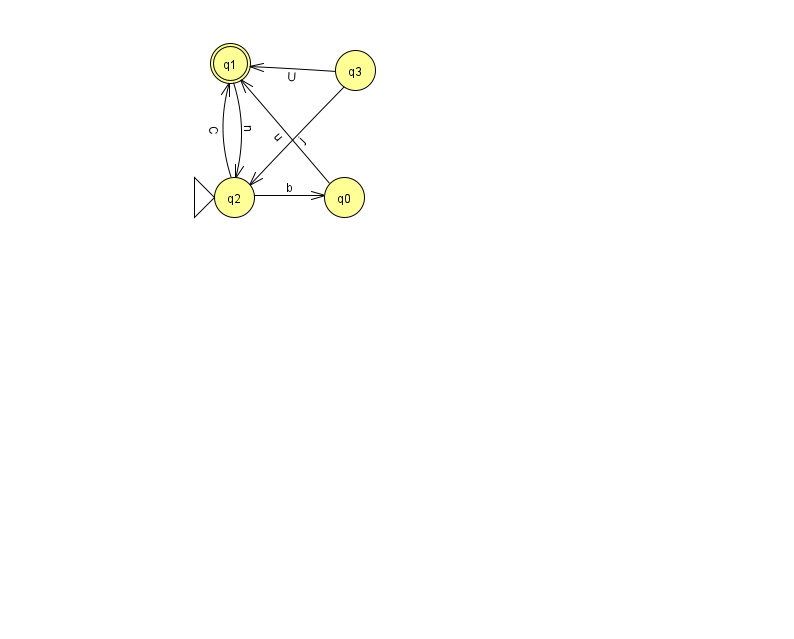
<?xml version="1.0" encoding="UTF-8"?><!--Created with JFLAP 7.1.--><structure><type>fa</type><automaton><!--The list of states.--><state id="0" name="q0"><x>344.0</x><y>184.0</y></state><state id="1" name="q1"><x>230.0</x><y>50.0</y><final/></state><state id="2" name="q2"><x>234.0</x><y>184.0</y><initial/></state><state id="3" name="q3"><x>355.0</x><y>57.0</y></state><!--The list of transitions.--><transition><from>1</from><to>2</to><read>n</read></transition><transition><from>2</from><to>0</to><read>b</read></transition><transition><from>3</from><to>2</to><read>j</read></transition><transition><from>3</from><to>1</to><read>U</read></transition><transition><from>0</from><to>1</to><read>u</read></transition><transition><from>2</from><to>1</to><read>C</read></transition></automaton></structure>